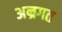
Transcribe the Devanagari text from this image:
अन्रगत